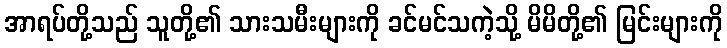
အာရပ်တို့သည် သူတို့၏ သားသမီးများကို ခင်မင်သကဲ့သို့ မိမိတို့၏ မြင်းများကို